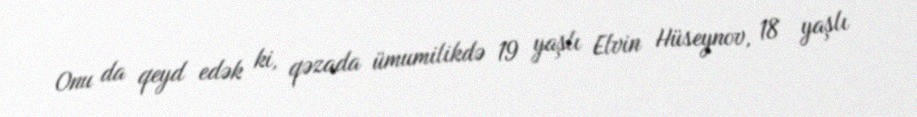
Onu da qeyd edək ki, qəzada ümumilikdə 19 yaşlı Elvin Hüseynov, 18 yaşlı